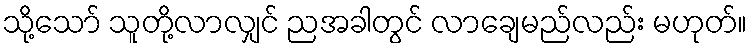
သို့သော် သူတို့လာလျှင် ညအခါတွင် လာချေမည်လည်း မဟုတ်။